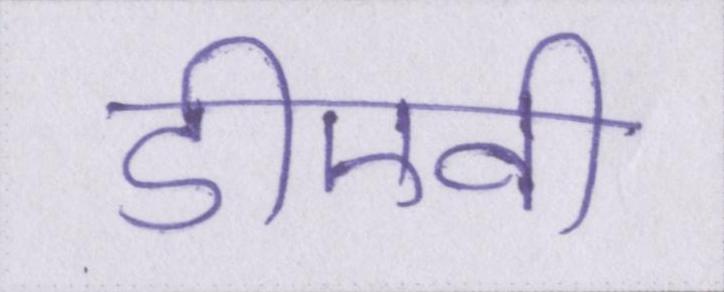
डीएवी